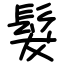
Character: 髮